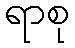
ရာစု